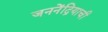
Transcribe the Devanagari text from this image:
जननेंद्रियाची